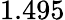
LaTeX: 1.495